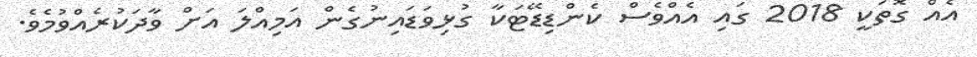
އެއް ގޮތަކީ 2018 ގައި އެއްވެސް ކެންޑިޑޭޓަކާ ގުޅިވަޑައިނުގެން އަމިއްލަ އަށް ވާދަކުރެއްވުމެވެ.